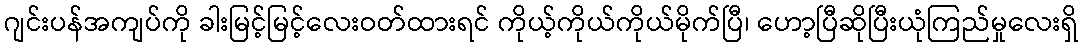
ဂျင်းပန်အကျပ်ကို ခါးမြင့်မြင့်လေးဝတ်ထားရင် ကိုယ့်ကိုယ်ကိုယ်မိုက်ပြီ၊ ဟော့ပြီဆိုပြီးယုံကြည်မှုလေးရှိ